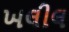
ખલીલ